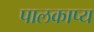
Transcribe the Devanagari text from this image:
पालकाप्य